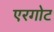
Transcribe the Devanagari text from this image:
एरगोट